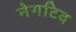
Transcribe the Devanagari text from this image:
नेगटिव